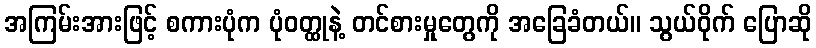
အကြမ်းအားဖြင့် စကားပုံက ပုံဝတ္ထုနဲ့ တင်စားမှုတွေကို အခြေခံတယ်။ သွယ်ဝိုက် ပြောဆို